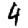
Digit: 4